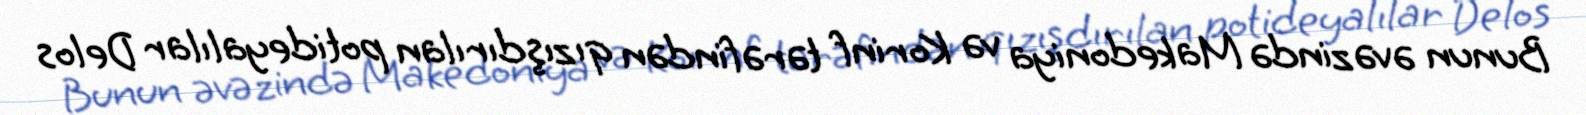
Bunun əvəzində Makedoniya və Korinf tərəfindən qızışdırılan potideyalılar Delos